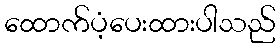
ထောက်ပံ့ပေးထားပါသည်